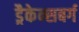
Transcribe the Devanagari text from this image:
ड्रैकेन्सबर्ग